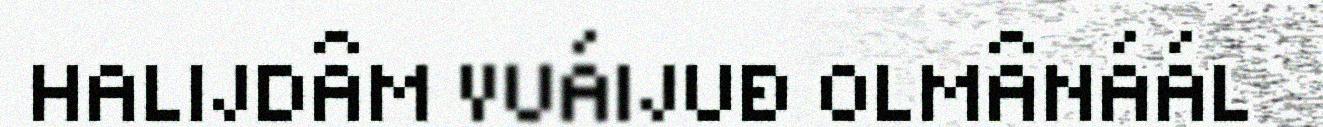
HALIJDÂM VUÁIJUĐ OLMÂNÁÁL